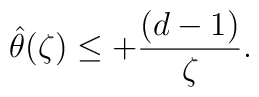
{\hat\theta(\zeta)}  \leq + {(d-1)\over \zeta}.